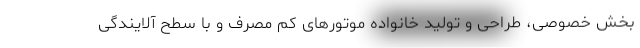
بخش خصوصی، طراحی و تولید خانواده موتورهای کم مصرف و با سطح آلایندگی